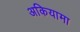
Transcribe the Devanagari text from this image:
अकियामा